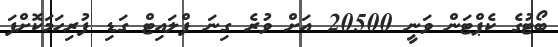
ބޯޓުގެ ކެޕްޓަން ވަނީ 20500 އަށް ވުރެ ގިނަ ފްލައިޓް ގަޑި ފުރިހަމަކޮށްފަ